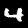
Label: 4